Indian journal of veterinary science and animal husbandry - Volume 3,
Year: 1933
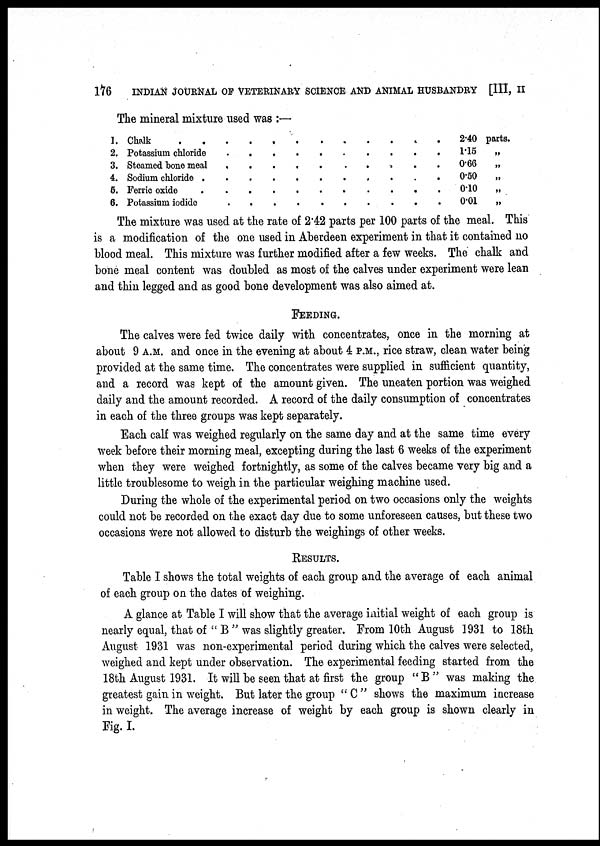
176
INDIAN JOURNAL OF VETERINARY SCIENCE AND ANIMAL HUSBANDRY [III, II
The mineral mixture used was :—
1. Chalk . . . . . . . . . . .
2. Potassium chloride . . . . . . . . . .
3. Steamed bone meal
.
.
.
.
.
.
.
.
.
.
4. Sodium chloride . . . . . . . . . .
5. Ferric oxide . . . . . . . . . .
6. Potassium iodide . . . . . . . . . .
2.40
1.15
0.66
0.55
0.10
0.01
parts.
„
„
„
„
„
The mixture was used at the rate of 2.42 parts per 100 parts of the meal. This
is a modification of the one used in Aberdeen experiment in that it contained no
blood meal. This mixture was further modified after a few weeks. The chalk and
bone meal content was doubled as most of the calves under experiment were lean
and thin legged and as good bone development was also aimed at.
FEEDING.
The calves were fed twice daily with concentrates, once in the morning at
about 9 A.M. and once in the evening at about 4 P.M., rice straw, clean water being
provided at the same time. The concentrates were supplied in sufficient quantity,
and a record was kept of the amount given. The uneaten portion was weighed
daily and the amount recorded. A record of the daily consumption of concentrates
in each of the three groups was kept separately.
Each calf was weighed regularly on the same day and at the same time every
week before their morning meal, excepting during the last 6 weeks of the experiment
when they were weighed fortnightly, as some of the calves became very big and a
little troublesome to weigh in the particular weighing machine used.
During the whole of the experimental period on two occasions only the weights
could not be recorded on the exact day due to some unforeseen causes, but these two
occasions were not allowed to disturb the weighings of other weeks.
RESULTS.
Table I shows the total weights of each group and the average of each animal
of each group on the dates of weighing.
A glance at Table I will show that the average initial weight of each group is
nearly equal, that of " B " was slightly greater. From 10th August 1931 to 18th
August 1931 was non-experimental period during which the calves were selected,
weighed and kept under observation. The experimental feeding started from the
18th August 1931. It will be seen that at first the group "B" was making the
greatest gain in weight. But later the group " C " shows the maximum increase
in weight. The average increase of weight by each group is shown clearly in
Fig. I.